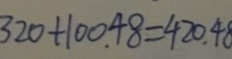
3 2 0 + 1 0 0 . 4 8 = 4 2 0 . 4 8